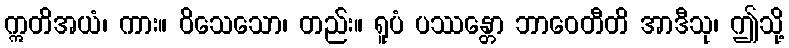
ဣတိအယံ၊ ကား။ ဝိသေသော၊ တည်း။ ရူပံ ပဿန္တော ဘာဝေတီတိ အာဒီသု၊ ဤသို့